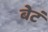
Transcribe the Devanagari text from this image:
बेटं